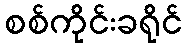
စစ်ကိုင်းခရိုင်